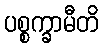
ပစ္စက္ခာမီတိ